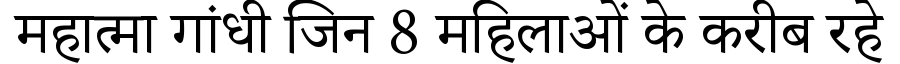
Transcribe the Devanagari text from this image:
महात्मा गांधी जिन 8 महिलाओं के करीब रहे